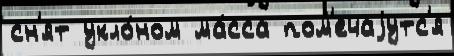
сн'ят укло́ном ма́сса пом'ечаjутс'я